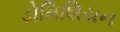
ડોમિશિયન